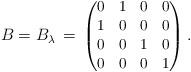
LaTeX: \begin{align*}B = B_{\lambda}\,= \,\begin{small} \begin{pmatrix}0 & 1 & 0 & 0 \\1 & 0 & 0 & 0 \\0 & 0 & 1 & 0 \\0 & 0 & 0 & 1\end{pmatrix}. \end{small}\end{align*}